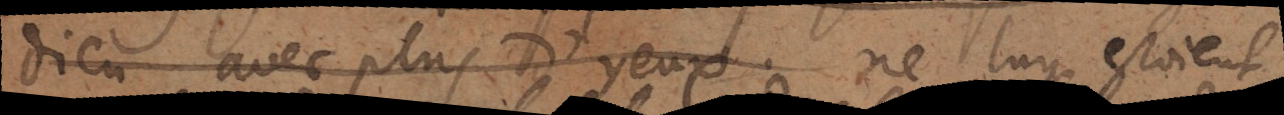
Dieu avec plus d’yeux ne luy estoient